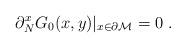
LaTeX: \begin{align*}\partial_N^xG_0(x,y)|_{x\in {\partial {\cal M}}}=0\; . \end{align*}